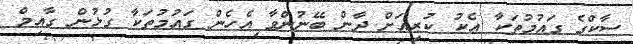
ސާކްގެ ގައުމުތަކާ އެކު ކުރިއަށް ދާން ބޭނުންވާ އެހެން ގައުމުތަކާ ގުޅުން ގާއިމް